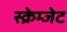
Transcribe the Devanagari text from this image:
स्क्रेम्जेट